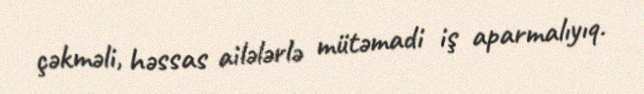
çəkməli, həssas ailələrlə mütəmadi iş aparmalıyıq.